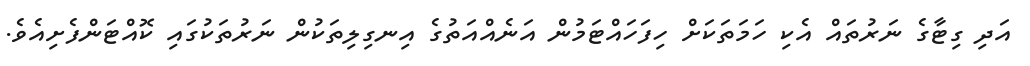
އަދި ގިޓާގެ ނަރުތައް އެކި ހަމަތަކަށް ހިފަހައްޓަމުން އަނެއްއަތުގެ އިނގިލިތަކުން ނަރުތަކުގައި ކޮއްޓަންފެށިއެވެ.